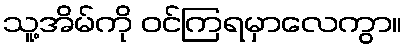
သူ့အိမ်ကို ဝင်ကြရမှာလေကွာ။